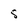
Character: S